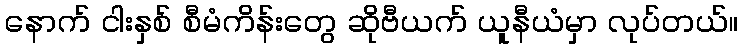
နောက် ငါးနှစ် စီမံကိန်းတွေ ဆိုဗီယက် ယူနီယံမှာ လုပ်တယ်။